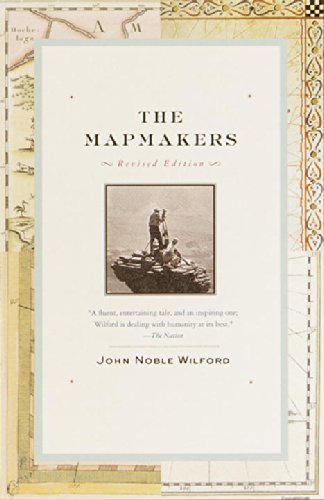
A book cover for The Mapmakers: Revised Edition; John Noble Wilford; Science & Math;